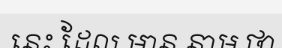
នេះ ដែល មាន នាម ថា